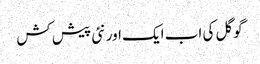
گوگل کی اب ایک اور نئی پیش کش